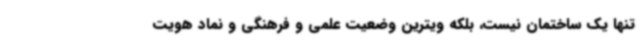
تنها یک ساختمان نیست، بلکه ویترین وضعیت علمی و فرهنگی و نماد هویت